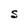
Character: S